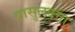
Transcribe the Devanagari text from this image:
वासुलदत्ता